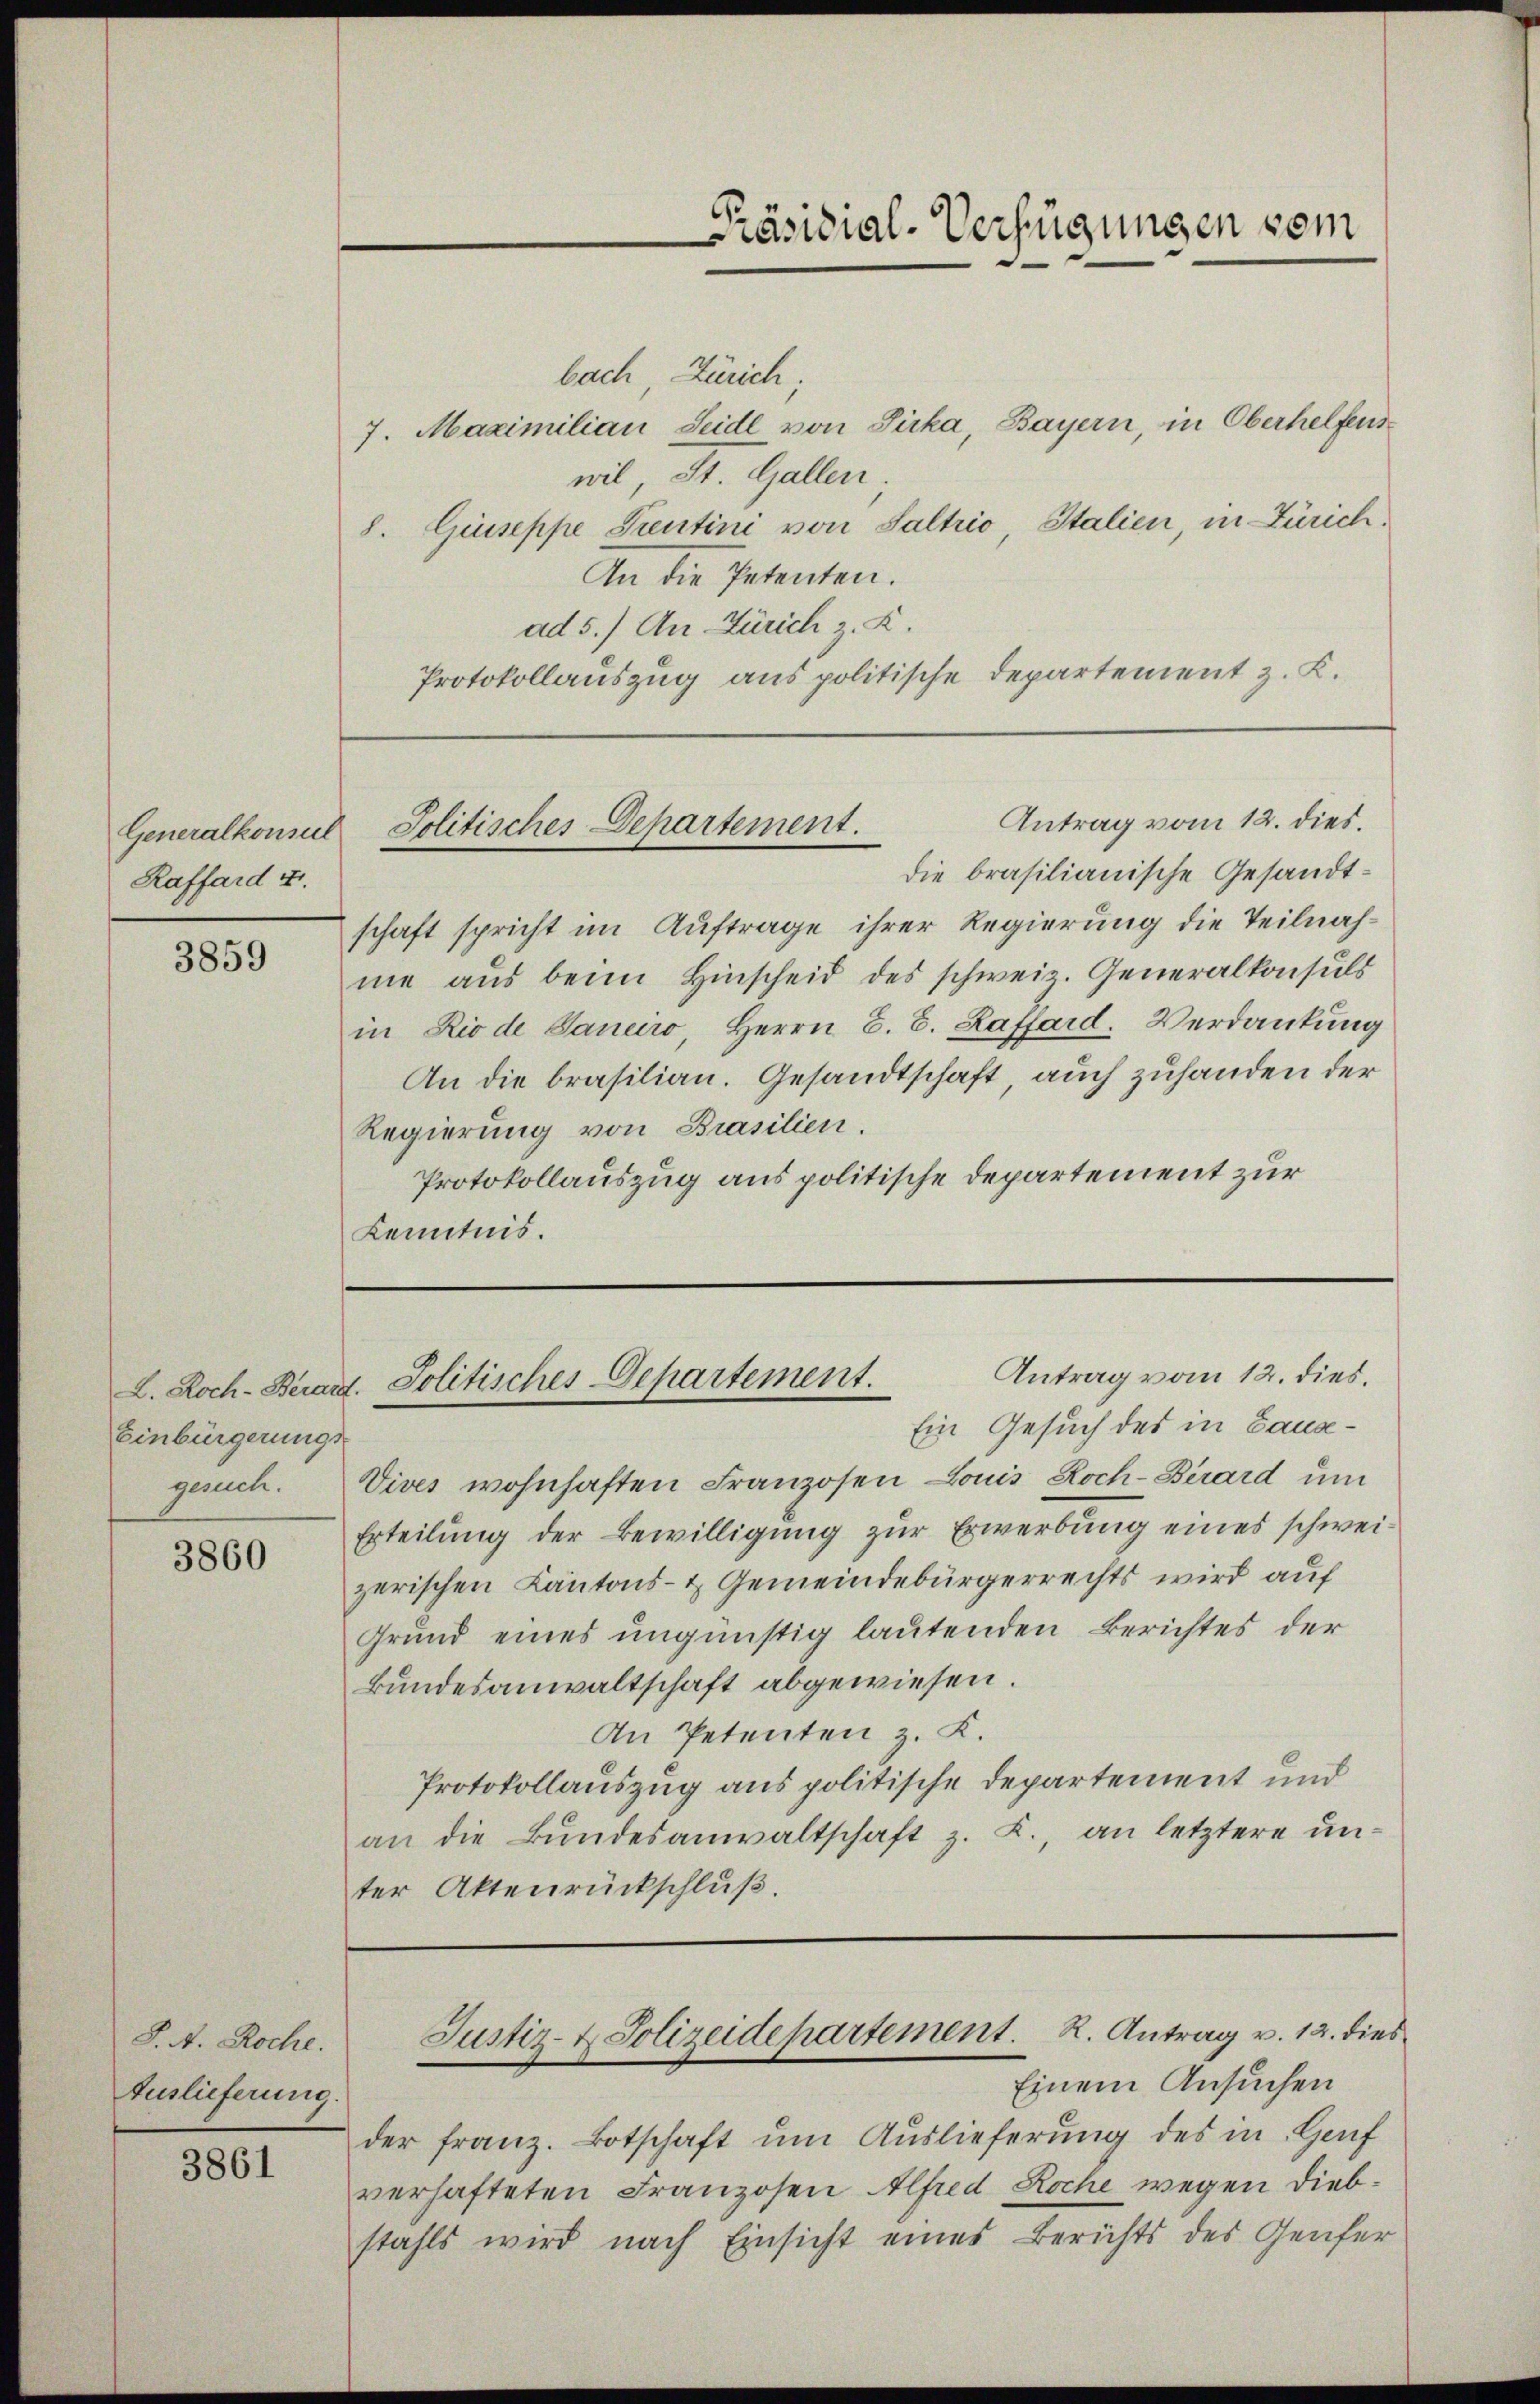
Generalkonsul
Raffard u.

3859

Einbürgerungs
geruch.

3860

S. A. Roche.
Auslieferung.

3861

bach Zürich
7. Maximilian Seidl von Picka, Bayern, in Oberhelfenswil, St. Gallen.
8. Giuseppe Prentini von Saltrio, Italien, in Zürich.
An die Petenten.
ad 5.) An Zürich z. K.
Protokollauszug aus politische Departement z. K.

die brasilianische Gesandtschaft spricht im Auftrage ihrer Regierung die Teilnahme aus beim Hinscheid des schweiz. Generalkonsuls
in Rio de Janeiro, Herrn E. E. Haffard. Verdankung
An die brasilian. Gesandtschaft, auch zuhanden der
Regierung von Brasilien.
Protokollauszug aus politische Departement zur
Kenntnis.

Präsidial-Verfügungen vom

Antrag vom 12. dies.
Jolitisches Departement.

Antrag vom 12. dies.
L. Roch-Berarzt. Politisches Departement.
Ein Gesuch des in Laus¬

Vives wohnhaften Franzosen Louis Roch-Berard um
Erteilung der Bewilligung zur Erwerbung eines schweizerischen Kantons- & Gemeindebürgerrechts wird auf
Grund eines ungünstig lautenden Berichtes der
Bundesanwaltschaft abgewiesen.
An Petenten z. K.
Protokollauszug aus politische Departement und
an die Bundesanwaltschaft z. K., an letztere unter Aktenrückschluß.

der franz. Botschaft um Auslieferung des in Hauf
verhafteten Franzosen Alfred Roche wegen Diebstahls wird nach Einsicht eines Berichts des Genfer

Justiz- & Polizeidepartement. R. Antrag v. 12. dies
Einem Ansuchen